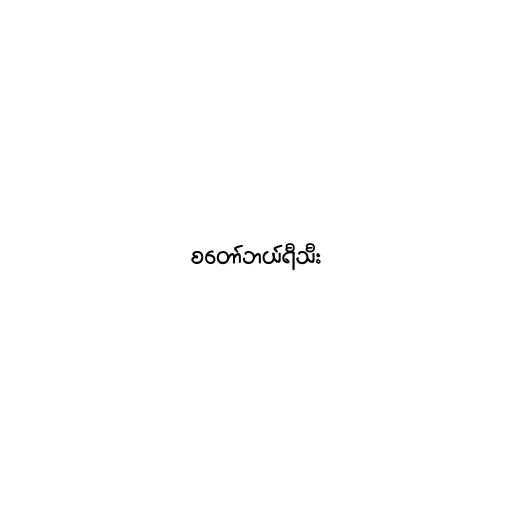
စတော်ဘယ်ရီသီး